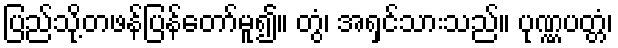
ပြည်သို့တဖန်ပြန်တော်မူ၍။ တွံ၊ အရှင်သားသည်။ ပုဏ္ဏပတ္တံ၊